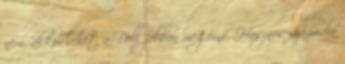
nem, akkor lehet a Dell jobban megérné. Hasznos számodra